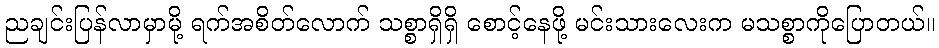
ညချင်းပြန်လာမှာမို့ ရက်အစိတ်လောက် သစ္စာရှိရှိ စောင့်နေဖို့ မင်းသားလေးက မသစ္စာကိုပြောတယ်။